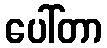
ပေါ်တာ